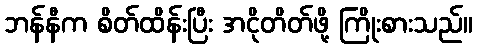
ဘန်နီက စိတ်ထိန်းပြီး အငိုတိတ်ဖို့ ကြိုးစားသည်။